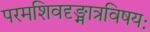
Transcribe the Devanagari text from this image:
परमशिवदृङ्मात्रविषयः